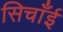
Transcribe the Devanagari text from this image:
सिचाँई